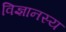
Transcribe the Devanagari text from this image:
विज्ञानस्य